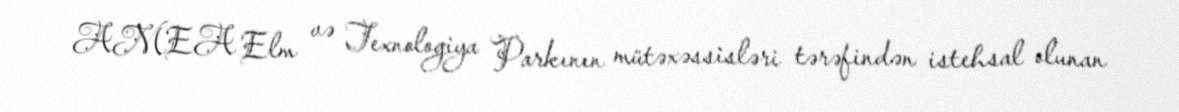
AMEA Elm və Texnologiya Parkının mütəxəssisləri tərəfindən istehsal olunan